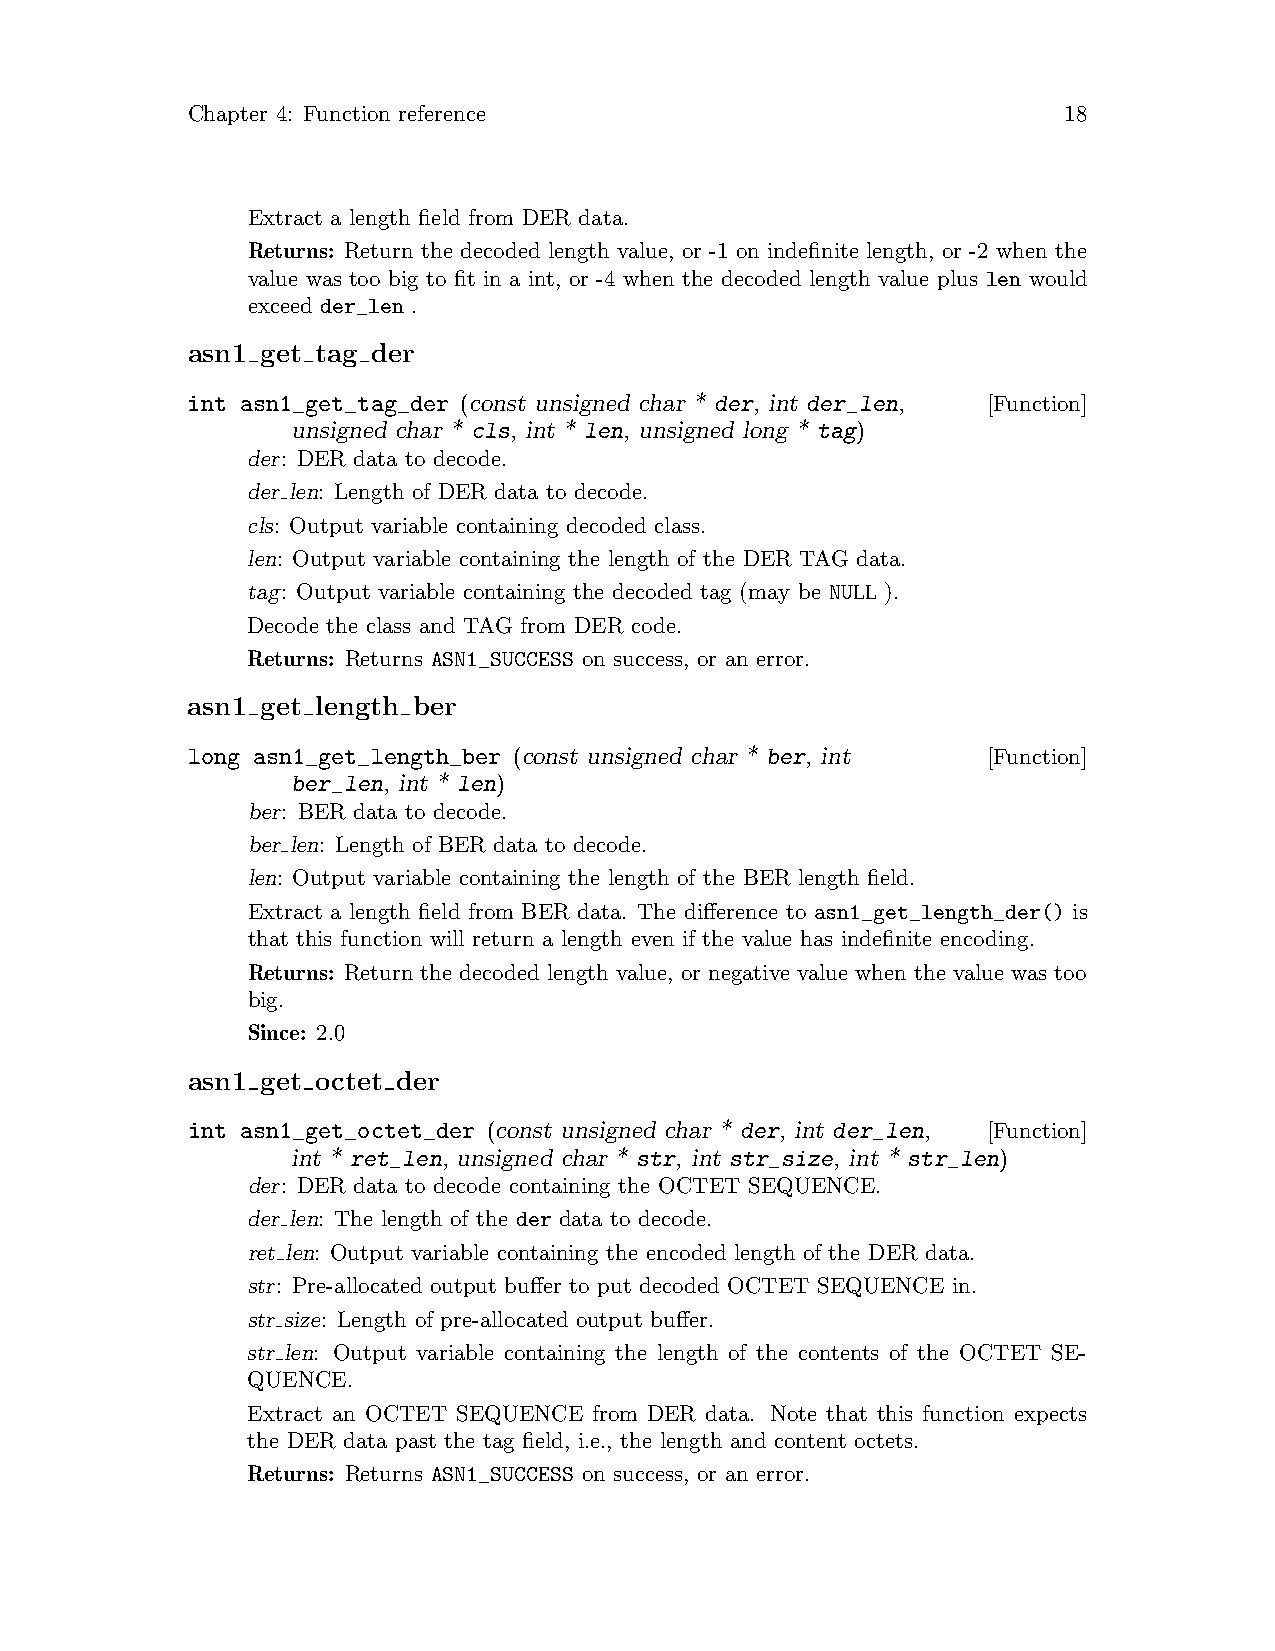
Chapter 4: Function reference                             18
 Extract a length field from DER data.
 Returns: Return the decoded length value, or -1 on indefinite length, or -2 when the
 value was too big to fit in a int, or -4 when the decoded length value plus len would
 exceed der_len .
 asn1 get tag der
 int asn1_get_tag_der (const unsigned char * der, int der_len, [Function]
 unsigned char * cls, int * len, unsigned long * tag)
 der: DER data to decode.
 der len: Length of DER data to decode.
 cls: Output variable containing decoded class.
 len: Output variable containing the length of the DER TAG data.
 tag: Output variable containing the decoded tag (may be NULL ).
 Decode the class and TAG from DER code.
 Returns: Returns ASN1_SUCCESS on success, or an error.
 asn1 get length ber
 long asn1_get_length_ber (const unsigned char * ber, int [Function]
 ber_len, int * len)
 ber: BER data to decode.
 ber len: Length of BER data to decode.
 len: Output variable containing the length of the BER length field.
 Extract a length field from BER data. The difference to asn1_get_length_der() is
 that this function will return a length even if the value has indefinite encoding.
 Returns: Return the decoded length value, or negative value when the value was too
 big.
 Since: 2.0
 asn1 get octet der
 int asn1_get_octet_der (const unsigned char * der, int der_len, [Function]
 int * ret_len, unsigned char * str, int str_size, int * str_len)
 der: DER data to decode containing the OCTET SEQUENCE.
 der len: The length of the der data to decode.
 ret len: Output variable containing the encoded length of the DER data.
 str: Pre-allocated output buffer to put decoded OCTET SEQUENCE in.
 str size: Length of pre-allocated output buffer.
 str len: Output variable containing the length of the contents of the OCTET SE-
 QUENCE.
 Extract an OCTET SEQUENCE from DER data. Note that this function expects
 the DER data past the tag field, i.e., the length and content octets.
 Returns: Returns ASN1_SUCCESS on success, or an error.